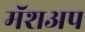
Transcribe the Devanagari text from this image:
मॅशअप